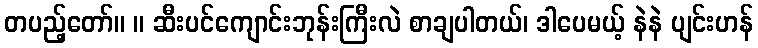
တပည့်တော်။ ။ ဆီးပင်ကျောင်းဘုန်းကြီးလဲ စာချပါတယ်၊ ဒါပေမယ့် နဲနဲ ပျင်းဟန်